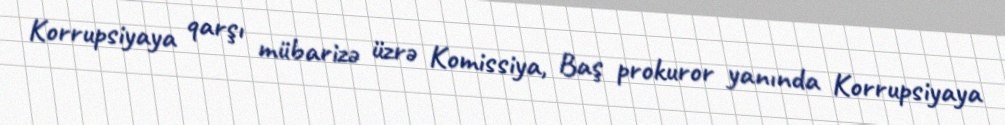
Korrupsiyaya qarşı mübarizə üzrə Komissiya, Baş prokuror yanında Korrupsiyaya